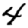
Digit: 4